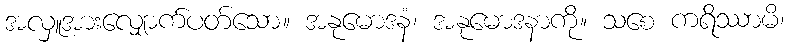
အလှူအားလျှောက်ပတ်သော။ အနုမောဒနံ၊ အနုမောဒနာကို။ သစေ ကရိဿာမိ၊